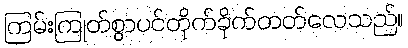
ကြမ်းကြုတ်စွာပင်တိုက်ခိုက်တတ်လေသည်။